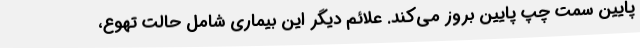
پایینِ سمت چپ پایین بروز می‌کند. علائم دیگر این بیماری شامل حالت تهوع،